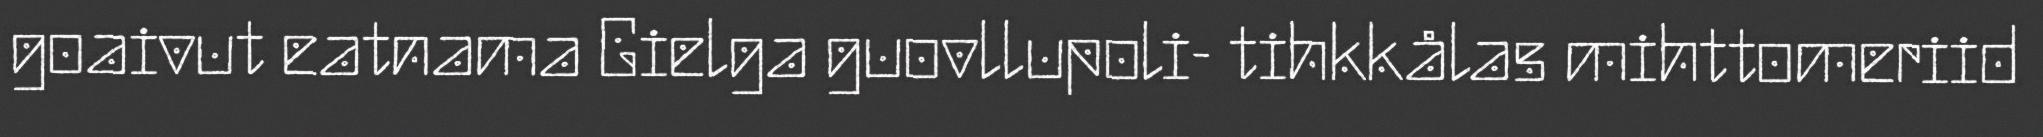
goaivut eatnama Gielga guovllupoli- tihkkålas mihttomeriid